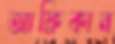
আফ্রিকান